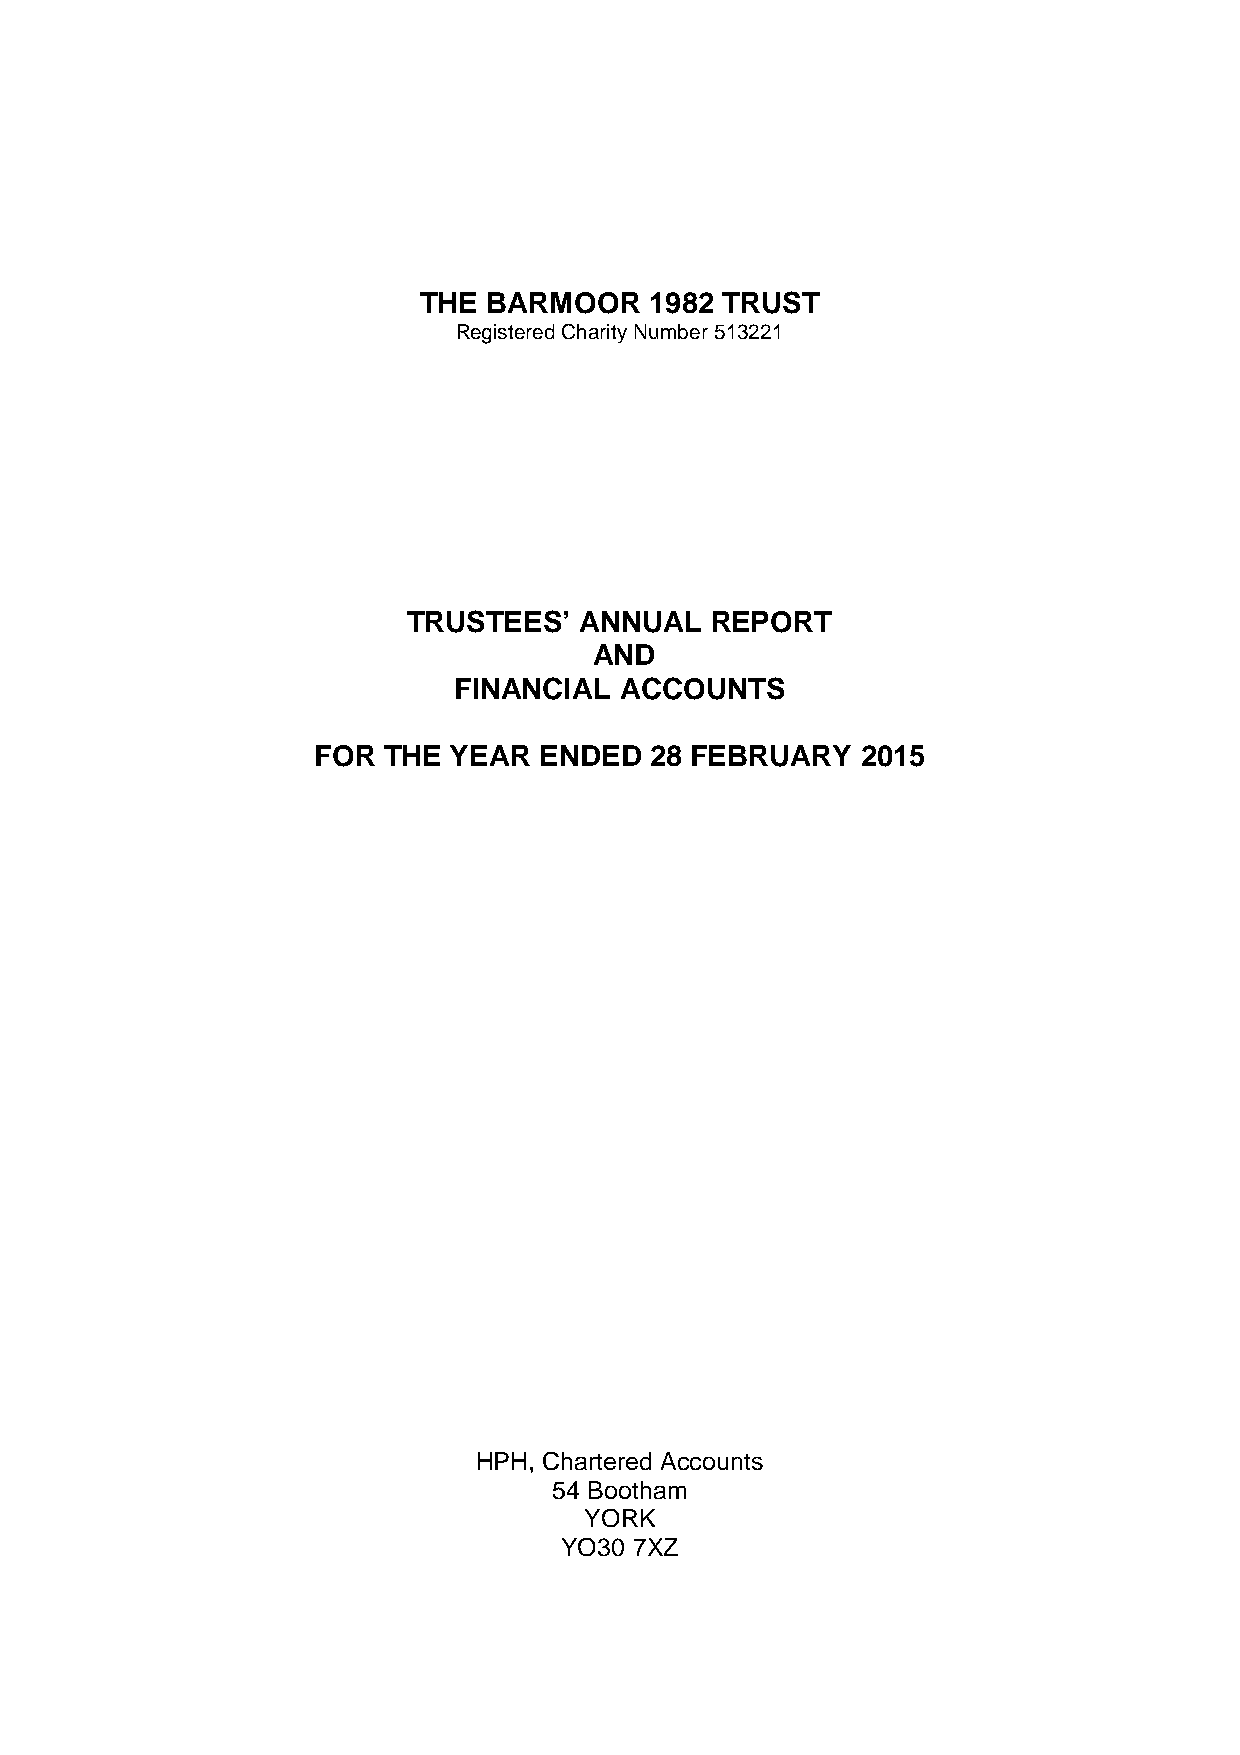
THE BARMOOR    1982 TRUST
 Registered Charity Number 513221
 TRUSTEES’  ANNUAL   REPORT
 AND
 FINANCIAL  ACCOUNTS
 FOR THE  YEAR  ENDED  28 FEBRUARY   2015
 HPH, Charter ed Accounts
 54 Boo tham
 YORK
 YO30 7XZ